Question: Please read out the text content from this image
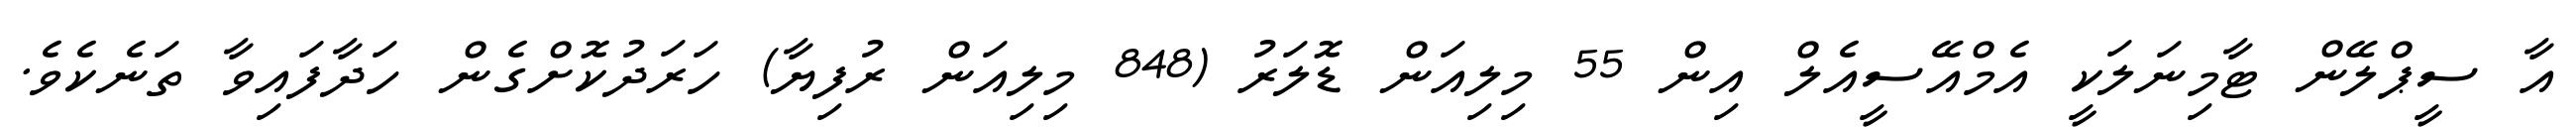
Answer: އާ ސީޕްލޭން ޓާމިނަލަކީ އެމްއޭސީއެލް އިން 55 މިލިއަން ޑޮލަރު (848 މިލިއަން ރުފިޔާ) ހަރަދުކޮށްގެން ހަދާފައިވާ ތަނެކެވެ.